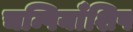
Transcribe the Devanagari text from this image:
चम्पियाँशिप